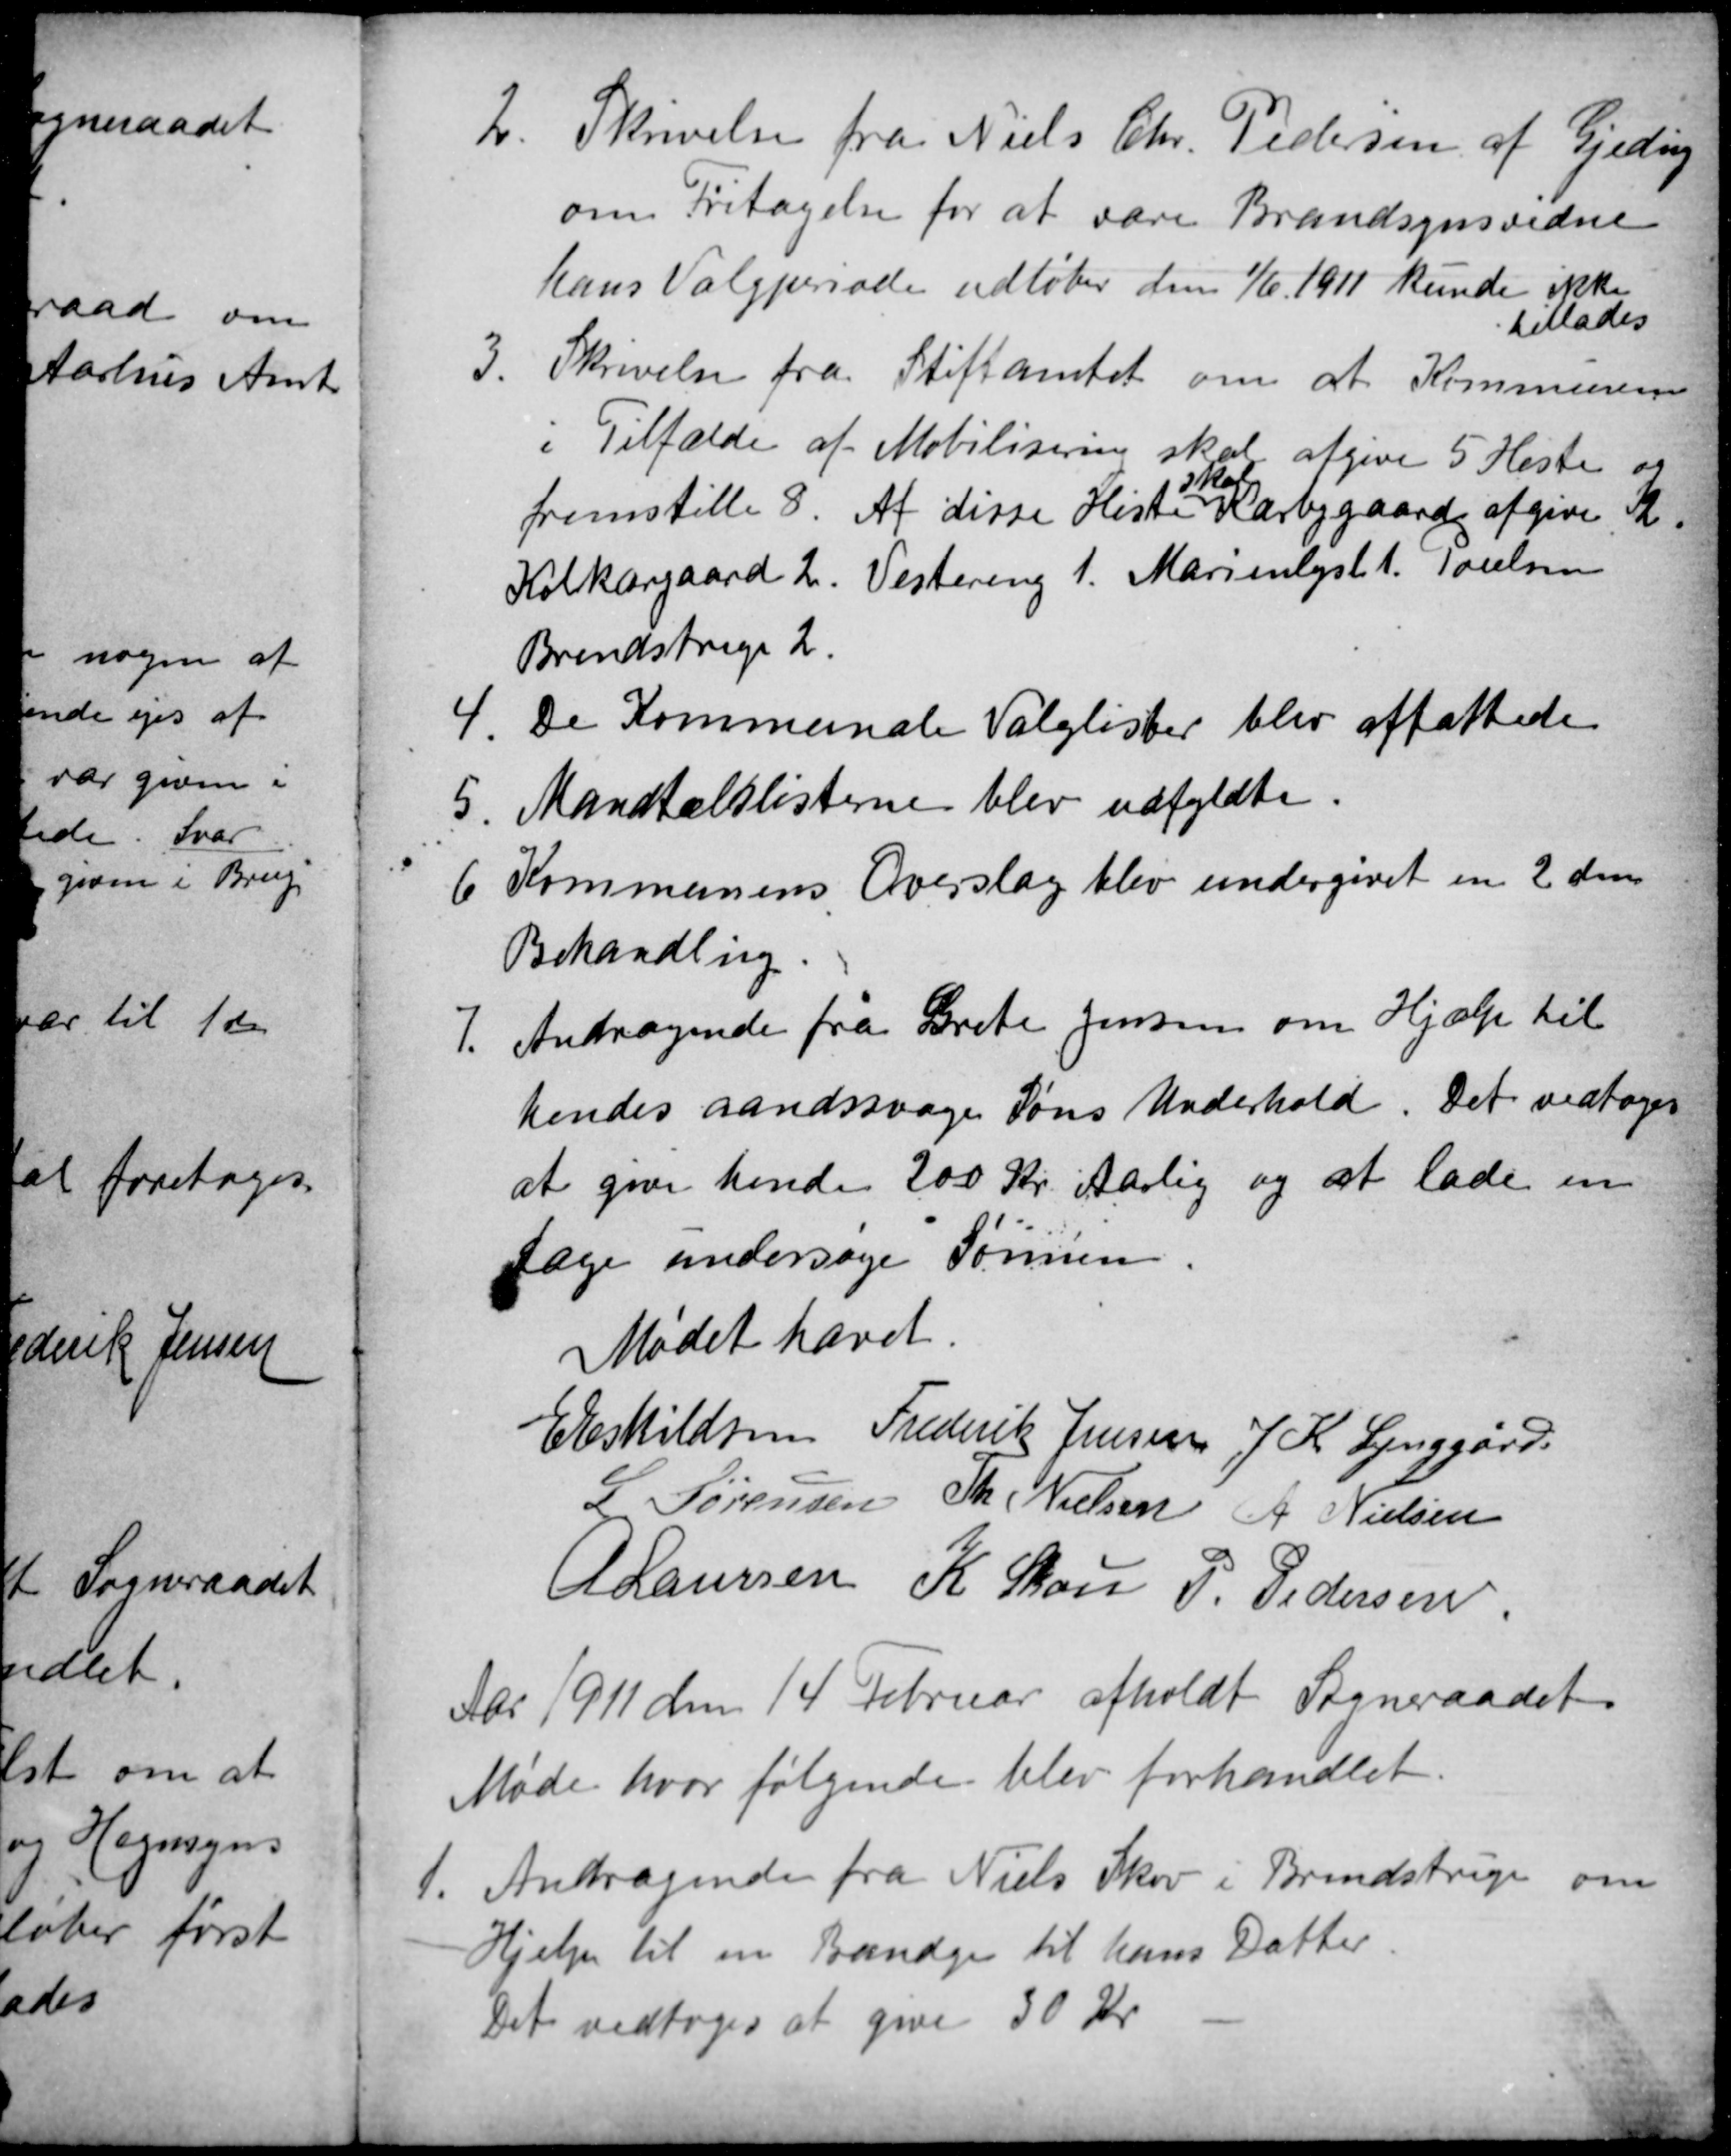
Transskription:
2.
Skrivelse fra Niels Chr. Pedersen af Gjeding
om Fritagelse for at være Brandsynsvidne
hans Valgperiode udløber den 1/6. 1911 kunde ikke
tillades
3.
Skrivelse fra Stiftamtet om at Kommunen
i Tilfælde af Mobilisering skal afgive 5 Heste og
fremstille 8. Af disse Heste
skal
Kærbygaard afgive 2.
Kolkærgaard 2. Vestereng 1. Marienlyst 1. Poulsen
Brendstrup 2.
4
De Kommunale Valglister blev affattede
5.
Mandtalslisterne blev udfyldte.
6
Kommunens Overslag blev undergivet en 2 den
Behandling.
7.
Andragende fra Grete Jensen om Hjælp til
hendes aandssvage Søns Underhold. Det vedtoges
at give hende 200 Kr Aarlig og at lade en
Læge undersøge Sønnen.
Mødet hævet.
E Eskildsen
E Eskildsen Frederik Jensen
L Sørensen Th. Nielsen A Nielsen
A Laursen
K Skou P. Pedersen
Aar 1911 den 14 Februar afholdt Sogneraadet
Møde hvor følgende blev forhandlet.
1.
Andragende fra Niels Skov i Brendstrup om
Hjelp til en Bandage til hans Datter.
Det vedtoges at give 30 Kr